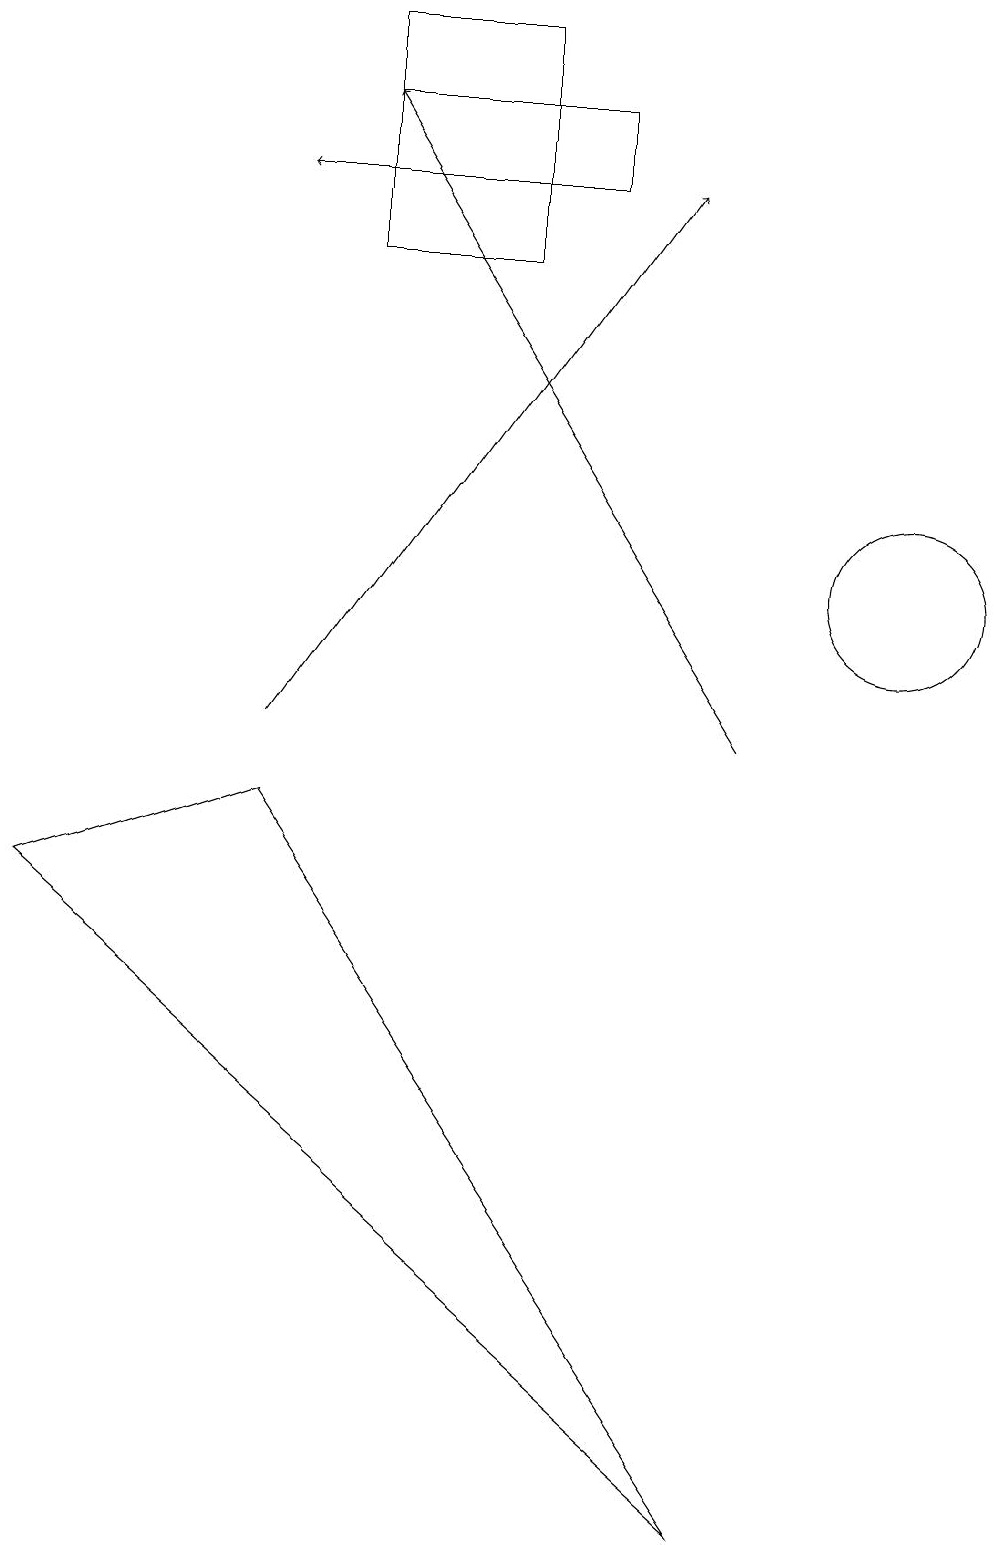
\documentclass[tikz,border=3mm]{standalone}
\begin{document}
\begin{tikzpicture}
\draw[->] (5,17) -- (3,17);
\draw (10,12) circle (0);
\draw (6,16) rectangle (4,19);
\draw (0,8) -- (3,9) -- (9,0) -- cycle;
\draw (4,17) rectangle (7,18);
\draw[->] (3,10) -- (8,17);
\draw (11,12) circle (1);
\draw[->] (9,10) -- (4,18);
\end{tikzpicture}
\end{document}